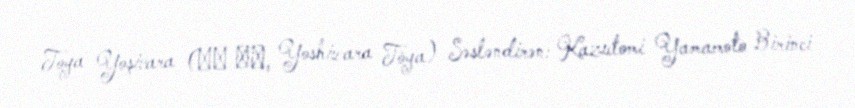
Toya Yoşivara (吉原 桃夜, Yoshiwara Tōya) Səsləndirən: Kazutomi Yamamoto Birinci